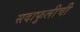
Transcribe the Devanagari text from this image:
सदाफुलीची